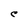
Character: C